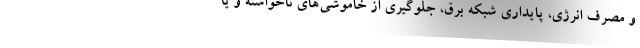
و مصرف انرژی، پایداری شبکه برق، جلوگیری از خاموشی‌های ناخواسته و یا